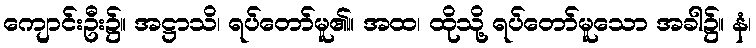
ကျောင်းဦး၌။ အဋ္ဌာသိ၊ ရပ်တော်မူ၏။ အထ၊ ထိုသို့ ရပ်တော်မူသော အခါ၌။ နံ၊